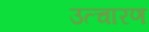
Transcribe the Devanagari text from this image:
उत्चारण